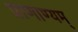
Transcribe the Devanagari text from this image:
प्राणाण्यम्